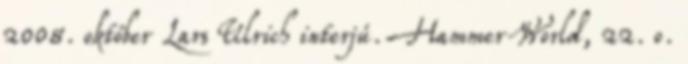
2008. október Lars Ulrich interjú. Hammer World, 22. o.